Scottish Leaving Certificate Examination, 1961
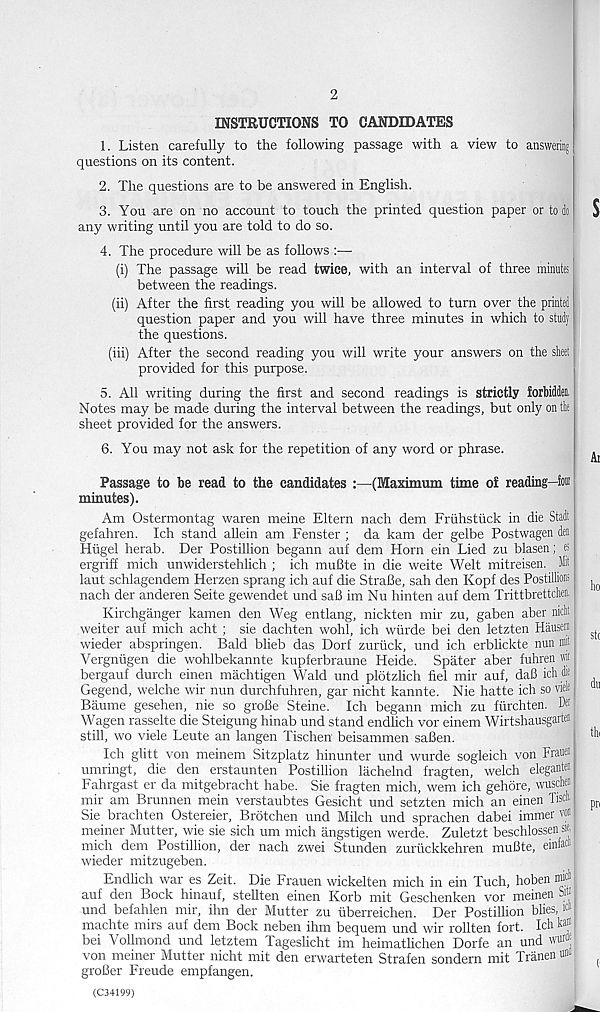
2
INSTRUCTIONS TO CANDIDATES
1. Listen carefully to the following passage with a view to answering
questions on its content.
2. The questions are to be answered in English.
3. You are on no account to touch the printed question paper or to do
any writing until you are told to do so.
4. The procedure will be as follows :—
(i) The passage will be read twice, with an interval of three minutes
between the readings.
(ii) After the first reading you will be allowed to turn over the printed
question paper and you will have three minutes in which to study
the questions.
(iii) After the second reading you will write your answers on the sheet
provided for this purpose.
5. All writing during the first and second readings is strictly forbiMtt
Notes may be made during the interval between the readings, but only on the
sheet provided for the answers.
6. You may not ask for the repetition of any word or phrase.
Passage to be read to the candidates :—(Maximum time of reading—iow
minutes).
Am Ostermontag waren meine Eltern nach dem Fruhstuck in die Stadt
gefahren. Ich stand allein am Fenster ; da kam der gelbe Postwagen den
Hugel herab. Der Postillion begann auf dem Horn ein Lied zu blasen; s
ergriff mich unwiderstehlich ; ich muBte in die weite Welt mitreisen. Mil
laut schlagendem Herzen sprang ich auf die StraBe, sah den Kopf des Postillions
nach der anderen Seite gewendet und saB im Nu hinten auf dem Trittbrettchen.
Kirchganger kamen den Weg entlang, nickten mir zu, gaben aber nidit
weiter auf mich acht ; sie dachten wohl, ich wiirde bei den letzten Hausern
wieder abspringen. Bald blieb das Dorf zuruck, und ich erblickte nun mil
Vergnugen die wohlbekannte kupferbraune Heide. Spater aber fuhren «
bergauf durch einen machtigen Wald und plbtzlich fiel mir auf, daB ichd*
Gegend, welche wir nun durchfuhren, gar nicht kannte. Nie hatte ich so vide
Baume gesehen, nie so grofie Steine. Ich begann mich zu furchten. D®
Wagen rasselte die Steigung hinab und stand endlich vor einem Wirtshausgartei
still, wo viele Leute an langen Tischen beisammen saBen.
Ich glitt von meinem Sitzplatz hinunter und wurde sogleich von Frauen
umringt, die den erstaunten Postillion lachelnd fragten, welch elegants
Fahrgast er da mitgebracht habe. Sie fragten mich, wem ich gehore, wuschen
mir am Brunnen mein verstaubtes Gesicht und setzten mich an einen Tis®
Sie brachten Ostereier, Brotchen und Milch und sprachen dabei immer von
meiner Mutter, wie sie sich um mich angstigen werde. Zuletzt beschlossen sie, |
mich dem Postillion, der nach zwei Stunden zuruckkehren muBte, einfat |l |
wieder mitzugeben.
Endlich war es Zeit. Die Frauen wickelten mich in ein Tuch, hoben irf 1
auf den Bock hinauf, stellten einen Korb mit Geschenken vor meinen Sp
und befahlen mir, ihn der Mutter zu uberreichen. Der Postillion blies,
machte mirs auf dem Bock neben ihm bequem und wir rollten fort. Ich ka ®
bei Vollmond und letztem Tageslicht im heimatlichen Dorfe an und wur®
von meiner Mutter nicht mit den erwarteten Strafen sondern mit Tranen un«
groBer Freude empfangen.
(C34199)
S
At
ho
St(
du
tin
pn
('